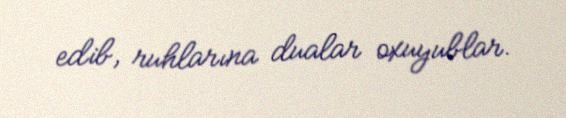
edib, ruhlarına dualar oxuyublar.